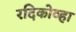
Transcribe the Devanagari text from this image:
रदिकोव्हा